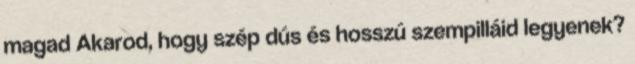
magad Akarod, hogy szép dús és hosszú szempilláid legyenek?